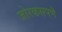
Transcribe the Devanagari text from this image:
जोरकसपणॆ